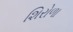
શિરોળા